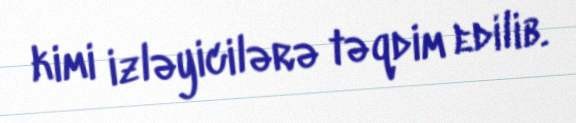
kimi izləyicilərə təqdim edilib.